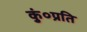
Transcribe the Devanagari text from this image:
कुं०प्रति